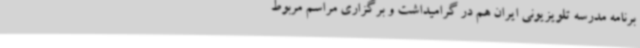
برنامه مدرسه تلویزیونی ایران هم در گرامیداشت و برگزاری مراسم مربوط